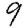
Digit: 9